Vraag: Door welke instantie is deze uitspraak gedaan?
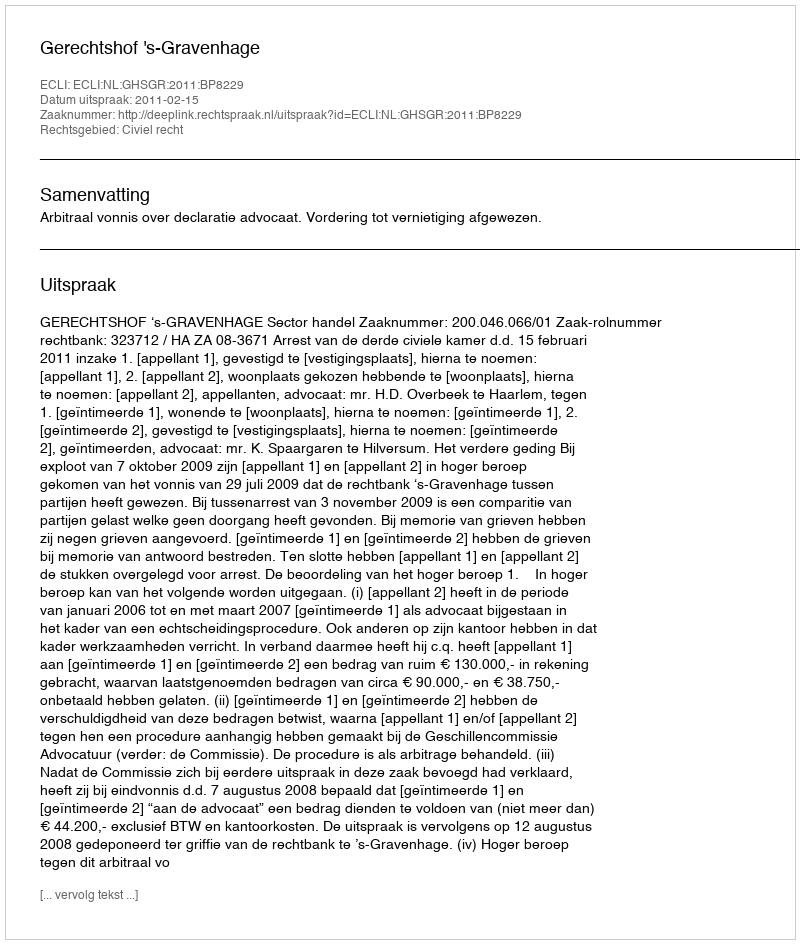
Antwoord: Gerechtshof 's-Gravenhage